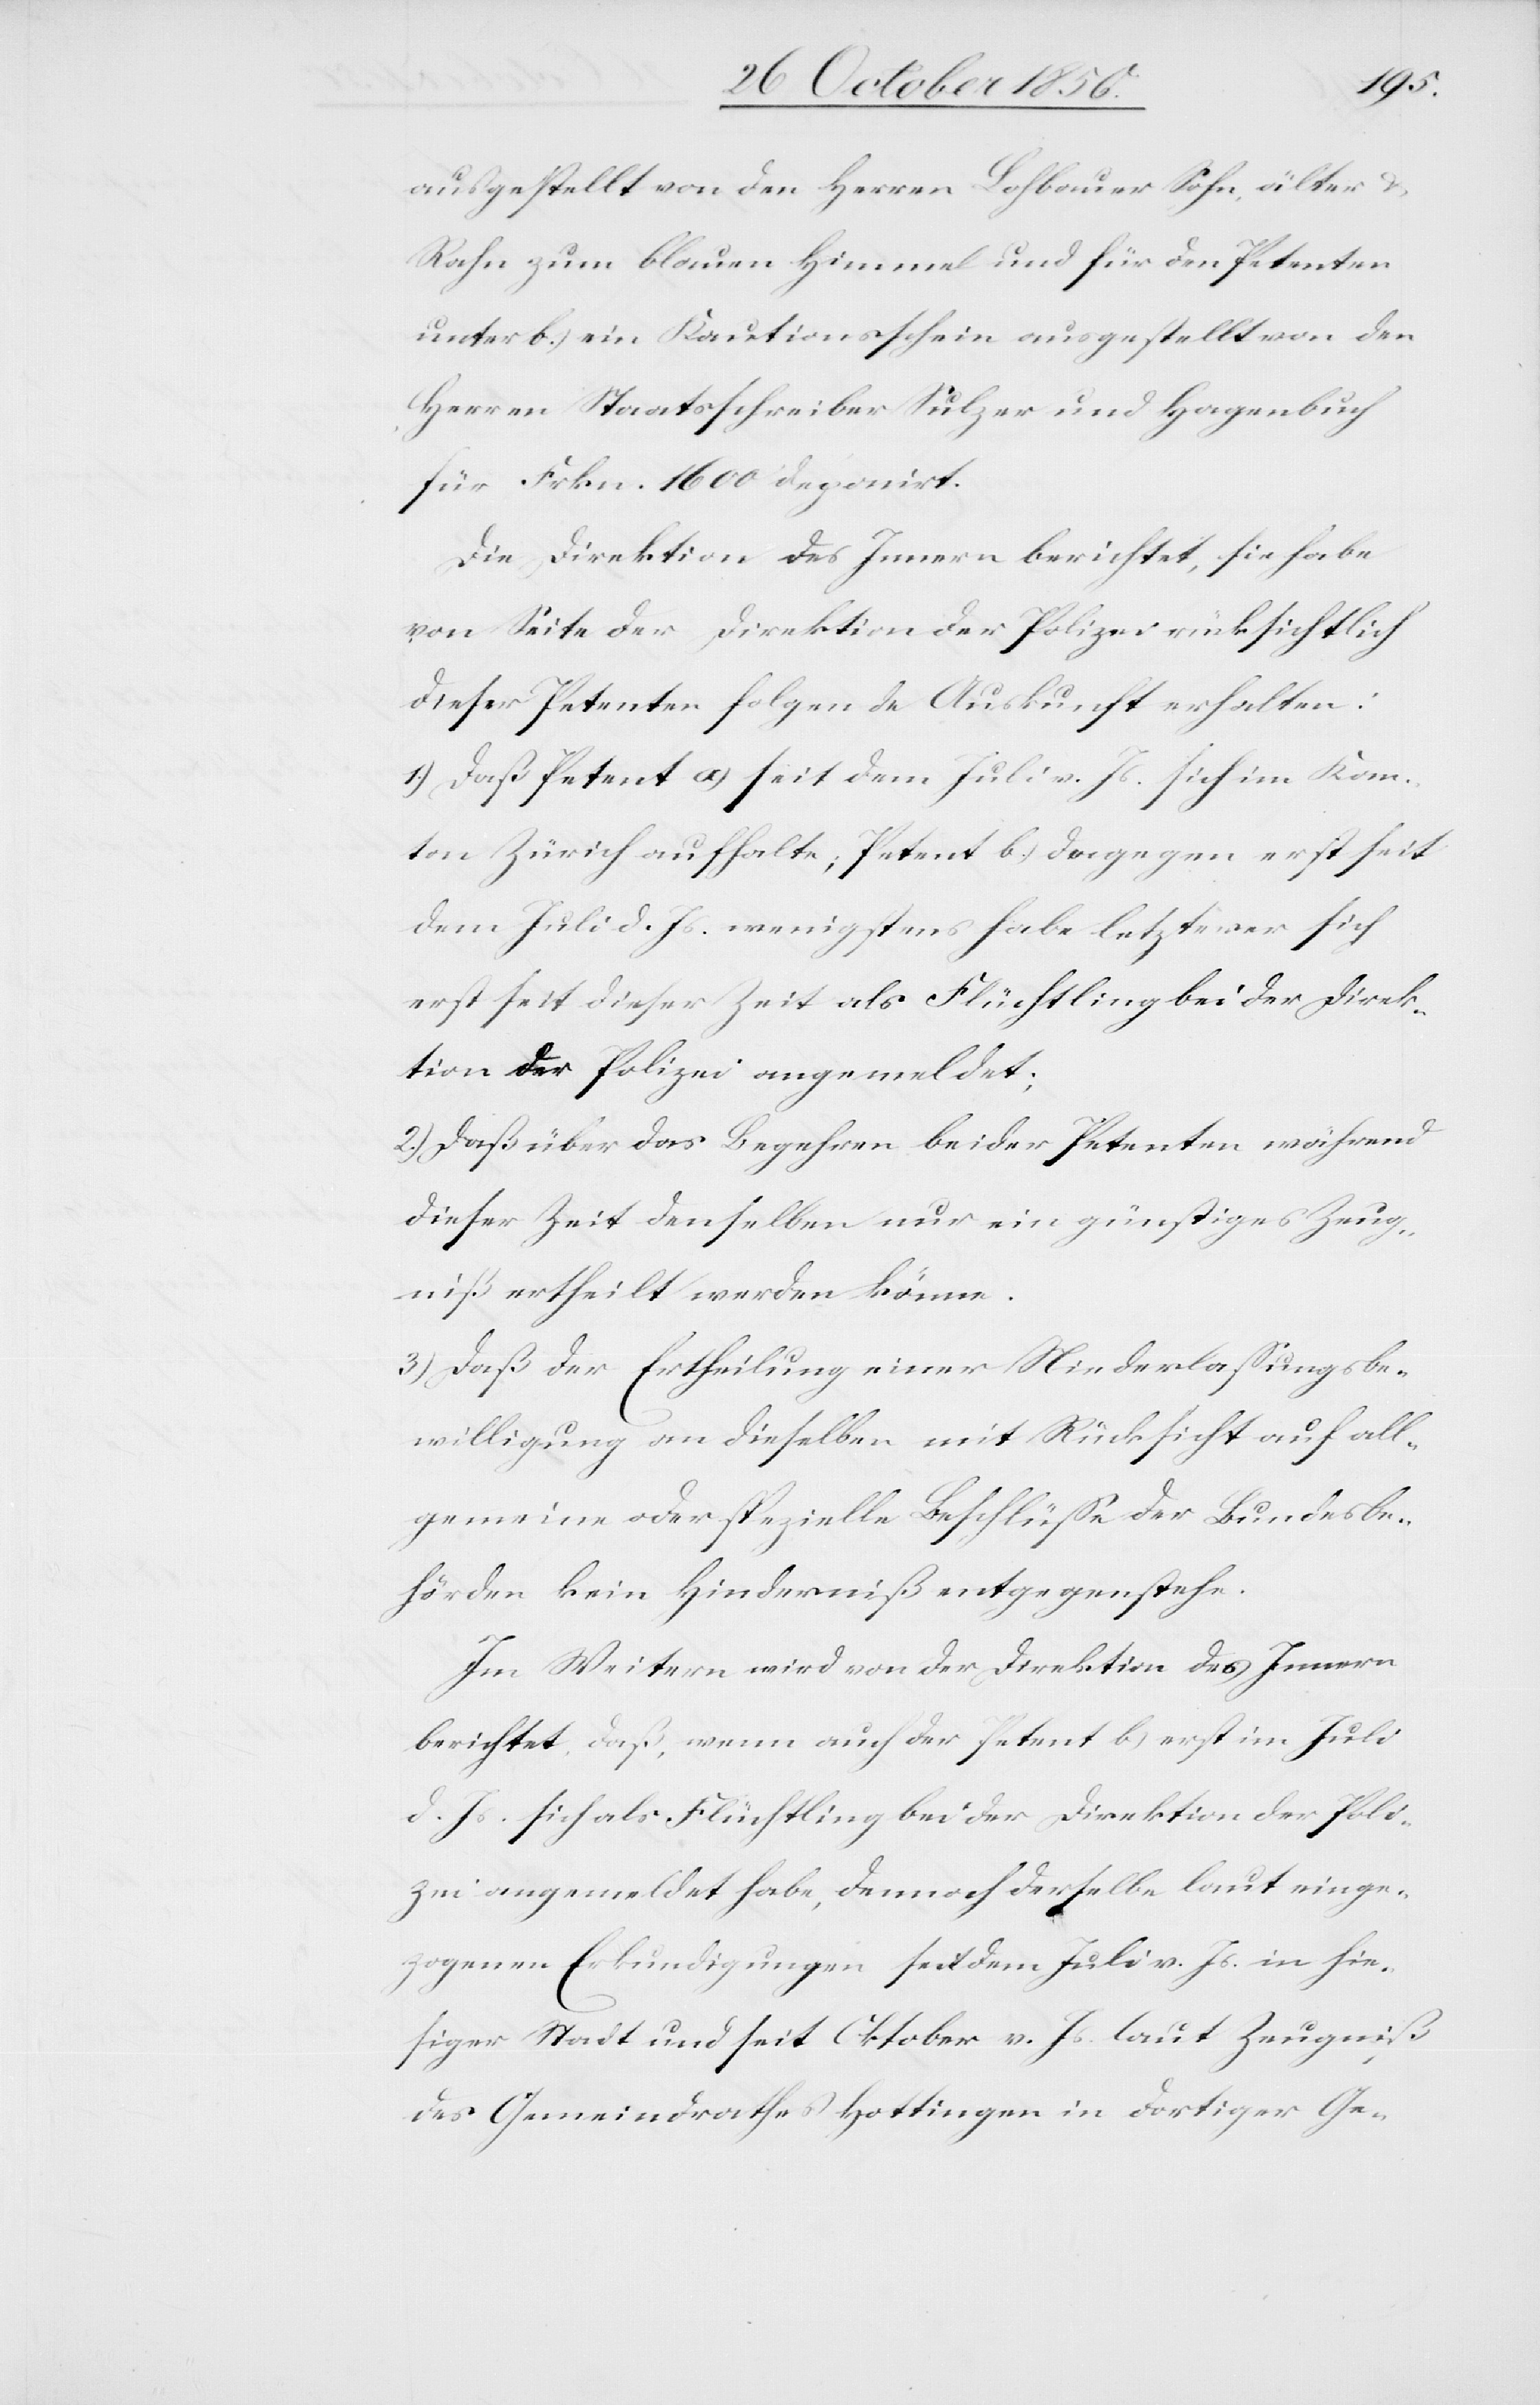
ausgestellt von den Herren Lohbauer Sohn, älter &
Rahn zum blauen Himmel und für den Petenten
unter b.) ein Kautionsschein ausgestellt von den
Herren Staatsschreiber Sulzer und Hagenbuch
für Frkn. 1600 deponirt.
Die Direktion des Innern berichtet, sie habe
von Seite der Direktion der Polizei rücksichtlich
dieser Petenten folgende Auskunft erhalten:
1.) Daß Petent a) seit dem Juli v. Js. sich im Kan¬
ton Zürich aufhalte; Petent b.) dagegen erst seit
dem Juli d. Js. wenigstens habe letzterer sich
erst seit dieser Zeit als Flüchtling bei der Direk¬
tion der Polizei angemeldet.
2.) Daß über das Begehren beider Petenten während
dieser Zeit denselben nur ein günstiges Zeug¬
niß ertheilt werden könne.
3.) Daß der Ertheilung einer Niederlassungsbe¬
willigung an dieselben mit Rücksicht auf all¬
gemeine oder spezielle Beschlüsse der Bundesbe¬
hörden kein Hinderniß entgegenstehe.
Im Weitern wird von der Direktion des Innern
berichtet, daß, wenn auch der Petent b) erst im Juli
d. Js. sich als Flüchtling bei der Direktion der Poli¬
zei angemeldet habe, dennoch derselbe laut einge¬
zogenen Erkundigungen seit dem Juli v. Js. in hie¬
siger Stadt und seit Oktober v. Js. laut Zeugniß
des Gemeindrathes Hottingen in dortiger Ge-